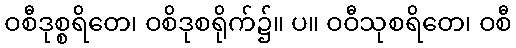
ဝစီဒုစ္စရိတေ၊ ဝစိဒုစရိုက်၌။ ပ။ ဝဝီသုစရိတေ၊ ဝစီ